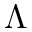
\Lambda